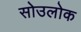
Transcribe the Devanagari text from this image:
सोउलोक